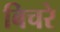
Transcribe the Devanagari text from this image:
बिचरे